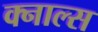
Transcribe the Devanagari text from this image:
क्नाल्स